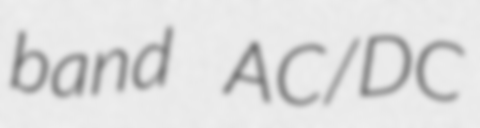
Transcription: band AC/DC